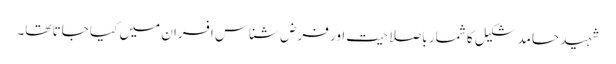
شہید حامد شکیل کا شمار باصلاحیت اور فرض شناس افسران میں کیا جاتا تھا۔